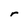
Character: r